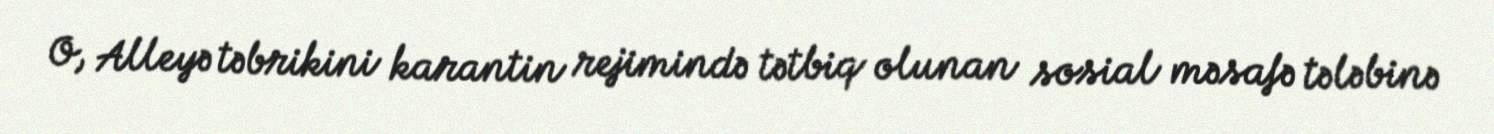
O, Alleyə təbrikini karantin rejimində tətbiq olunan sosial məsafə tələbinə